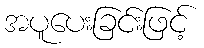
အပူပေးခြင်းဖြင့်